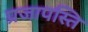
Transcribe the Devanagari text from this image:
प्रजापस्ति